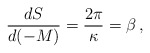
\begin{align*}\frac{dS}{d(-M)}=\frac{2\pi}{\kappa} = \beta\,,\end{align*}